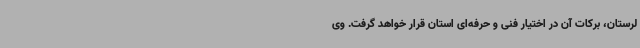
لرستان، برکات آن در اختیار فنی و حرفه‌ای استان قرار خواهد گرفت. وی